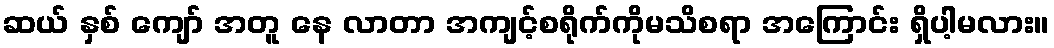
ဆယ် နှစ် ကျော် အတူ နေ လာတာ အကျင့်စရိုက်ကိုမသိစရာ အကြောင်း ရှိပါ့မလား။